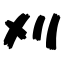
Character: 刈